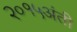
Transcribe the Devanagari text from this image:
२०१५अंती